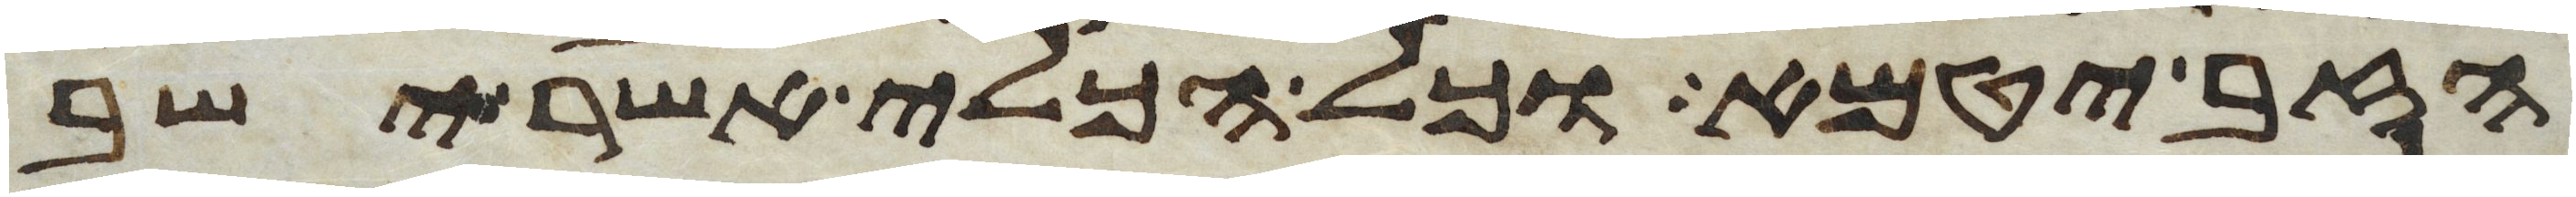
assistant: הזב יטמא וכל הכלי אשר ישב